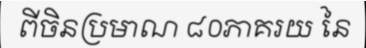
ពីចិនប្រមាណ ៨០ភាគរយ នៃ